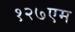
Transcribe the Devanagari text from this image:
१२७एम